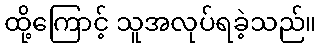
ထို့ကြောင့် သူအလုပ်ရခဲ့သည်။